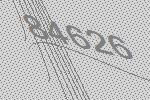
84626